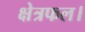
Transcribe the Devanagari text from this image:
क्षेत्रफल।